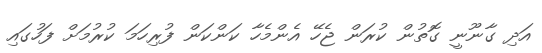
އަދި ގާނޫނީ ގޮތުން ކުރަން ޖެހޭ އެންމެހާ ކަންކަން ފުރިހަމަ ކުރުމަށް ފަހުގައި